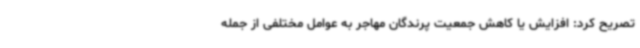
تصریح کرد: افزایش یا کاهش جمعیت پرندگان مهاجر به عوامل مختلفی از جمله